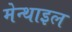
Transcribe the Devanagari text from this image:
मेन्थाइल